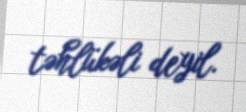
təhlükəli deyil.